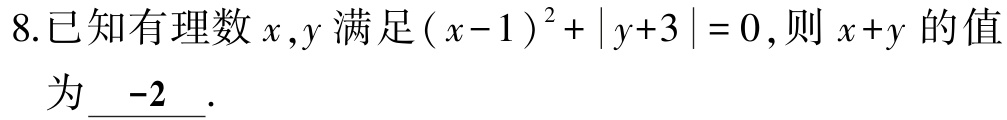
8.已知有理数\(x,y\)满足\((x - 1)^2+|y + 3| = 0\),则\(x + y\)的值为\(\underline{-2}\).